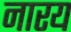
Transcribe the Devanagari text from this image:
नारय